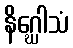
နိဂ္ဃေါသံ